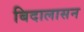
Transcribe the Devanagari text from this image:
बिदालासन